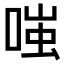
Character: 𫪻